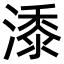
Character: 潻